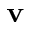
\mathbf { v }